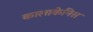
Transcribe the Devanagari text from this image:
कालाकेनिस